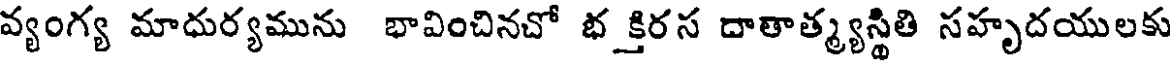
వ్యంగ్య మాధుర్యమును భావించినచో భక్తిరస దాతాత్మ్యస్థితి సహృదయులకు